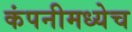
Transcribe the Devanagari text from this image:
कंपनीमध्येच